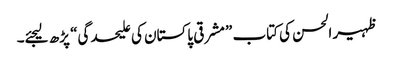
ظہیر الحسن کی کتاب ”مشرقی پاکستان کی علیحدگی“ پڑھ لیجئے۔